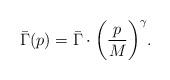
LaTeX: \begin{align*}\bar \Gamma(p) = \bar \Gamma \cdot\biggl(\frac{p}{M}\biggr)^{\gamma}.\end{align*}